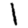
Digit: 1